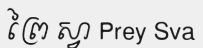
ព្រៃ ស្វា Prey Sva